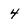
Character: 4